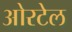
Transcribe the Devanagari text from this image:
ओरटेल